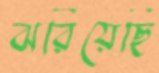
ঝরিয়েছি